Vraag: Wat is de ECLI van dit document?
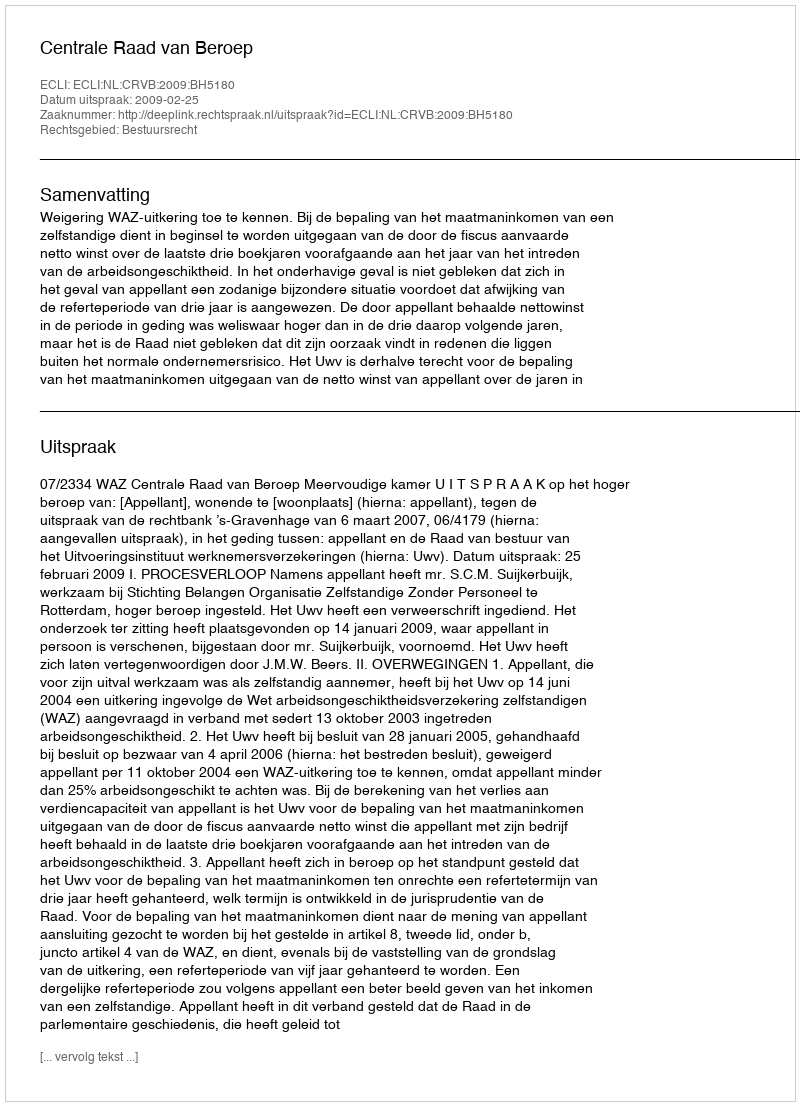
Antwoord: ECLI:NL:CRVB:2009:BH5180